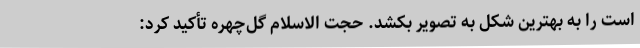
است را به بهترین شکل به تصویر بکشد. حجت الاسلام گل‌چهره تأکید کرد: